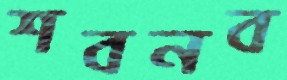
শবনব